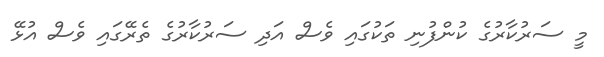
މީ ސަރުކާރުގެ ކުންފުނި ތަކުގައި ވެސް އަދި ސަރުކާރުގެ ތެރޭގައި ވެސް އުޅޭ